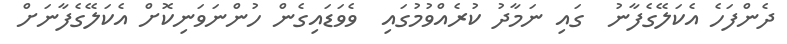
ދެންފަހެ އެކަލޭގެފާނު  ގައި ނަމާދު ކުރެއްވުމުގައި  ވެވަޑައިގެން ހުންނަވަނިކޮށް އެކަލޭގެފާނަށް